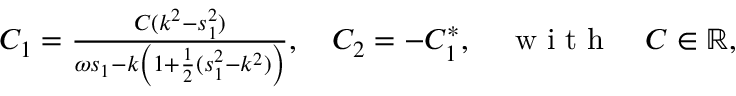
\begin{array} { r } { C _ { 1 } = \frac { C ( k ^ { 2 } - s _ { 1 } ^ { 2 } ) } { \omega s _ { 1 } - k \left( 1 + \frac { 1 } { 2 } ( s _ { 1 } ^ { 2 } - k ^ { 2 } ) \right) } , \quad C _ { 2 } = - C _ { 1 } ^ { * } , \quad \mathrm { ~ w ~ i ~ t ~ h ~ } \quad C \in \mathbb { R } , } \end{array}